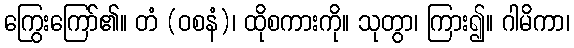
ကြွေးကြော်၏။ တံ (ဝစနံ)၊ ထိုစကားကို။ သုတွာ၊ ကြား၍။ ဂါမိကာ၊